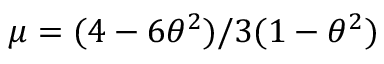
\mu = ( 4 - 6 \theta ^ { 2 } ) / 3 ( 1 - \theta ^ { 2 } )